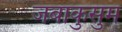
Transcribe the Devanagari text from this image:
जबाकुसुम